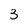
Character: 3